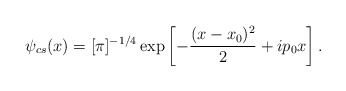
\begin{align*}\psi_{cs}(x) = [\pi ]^{-1/4}\exp\left[-\frac{(x-x_0)^2}{2}+ip_0x\right]. \end{align*}